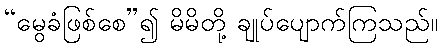
“မွေခံဖြစ်စေ”၍ မိမိတို့ ချုပ်ပျောက်ကြသည်။